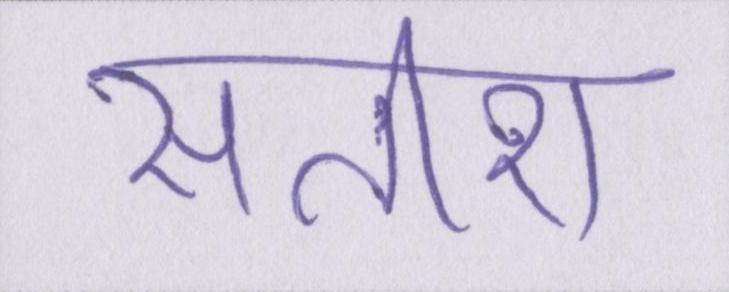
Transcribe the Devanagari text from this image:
सतीश